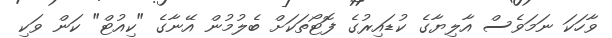
ވާހަކަ ނަމަވެސް އާލިޔާގެ ކުޑައިރުގެ ފޮޓޯތަކަށް ބެލުމުން އޭނާގެ "ކިއުޓް" ކަން ވަކި